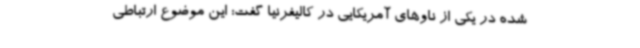
شده در یکی از ناوهای آمریکایی در کالیفرنیا گفت: این موضوع ارتباطی